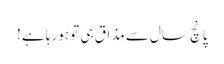
پانچ سال سے مذاق ہی تو ہورہا ہے !